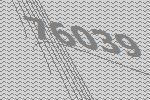
76039